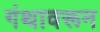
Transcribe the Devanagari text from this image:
गंथावरून